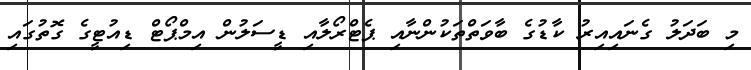
މި ބަދަލު ގެނައިއިރު ކާޑުގެ ބާވަތްތަކުންނާއި ޕެޓްރޯލާއި ޑީސަލުން އިމްޕޯޓް ޑިއުޓީގެ ގޮތުގައި